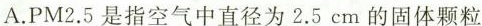
A.PM2。5是指空气中直径为2.5cm的固体颗粒